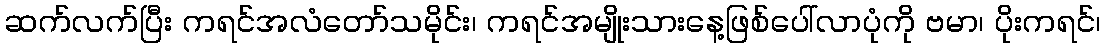
ဆက်လက်ပြီး ကရင်အလံတော်သမိုင်း၊ ကရင်အမျိုးသားနေ့ဖြစ်ပေါ်လာပုံကို ဗမာ၊ ပိုးကရင်၊